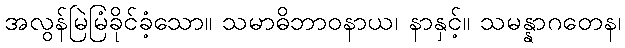
အလွန်မြဲမြံခိုင်ခံ့သော။ သမာဓိဘာဝနာယ၊ နာနှင့်။ သမန္နာဂတေန၊